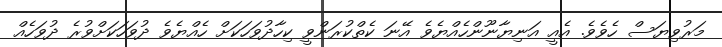
މަރުވިޔަސް ހެވެވެ. އެއީ އަނިޔާނޫންހެއްޔެވެ އޭނަ ކެތްކުރަންވީ ކިހާދުވަހަކަށް ހެއްޔެވެ ދުވަހަކަށްވުރެ ދުވަހެއް